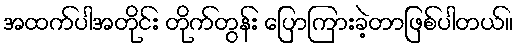
အထက်ပါအတိုင်း တိုက်တွန်း ပြောကြားခဲ့တာဖြစ်ပါတယ်။